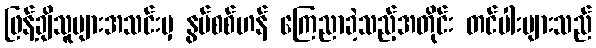
ဖြန့်ချိသူများအသင်းမှ နွမ်စစ်ဟန် ကြေညာခဲ့သည့်အတိုင်း တင်ပါးများသည်